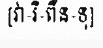
[វា-រិ-ពឹន-ទុ]